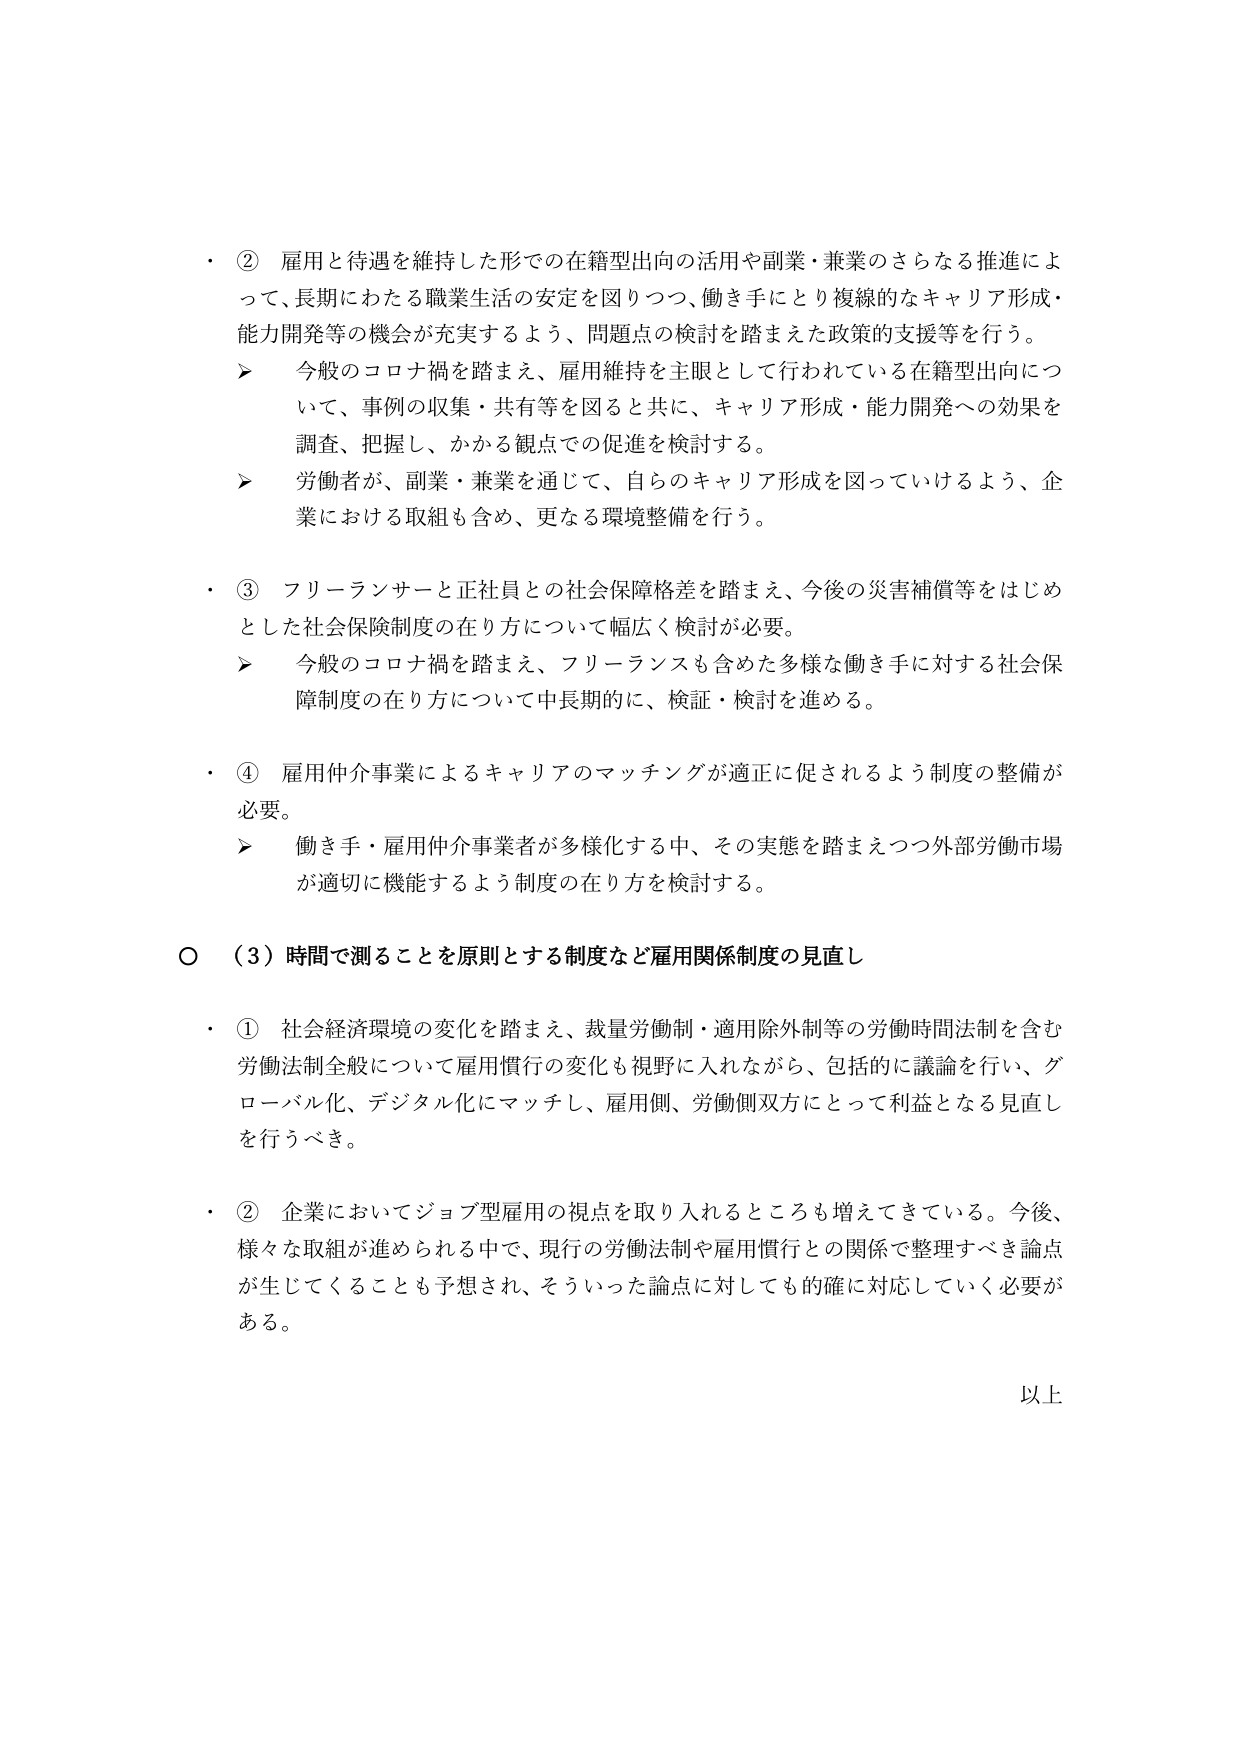
・ ② 雇用と待遇を維持した形での在籍型出向の活用や副業・兼業のさらなる推進によ
って、長期にわたる職業生活の安定を図りつつ、働き手にとり複線的なキャリア形成・
能力開発等の機会が充実するよう、問題点の検討を踏まえた政策的支援等を行う。
➤ 今般のコロナ禍を踏まえ、雇用維持を主眼として行われている在籍型出向につ
いて、事例の収集・共有等を図ると共に、キャリア形成・能力開発への効果を
調査、把握し、かかる観点での促進を検討する。
➤ 労働者が、副業・兼業を通じて、自らのキャリア形成を図っていけるよう、企
業における取組も含め、更なる環境整備を行う。

・ ③ フリーランサーと正社員との社会保障格差を踏まえ、今後の災害補償等をはじめ
とした社会保障制度の在り方について幅広く検討が必要。
➤ 今般のコロナ禍を踏まえ、フリーランスも含めた多様な働き手に対する社会保
障制度の在り方について中長期的に、検証・検討を進める。

・ ④ 雇用仲介事業によるキャリアのマッチングが適正に促されるよう制度の整備が
必要。
➤ 働き手・雇用仲介事業者が多様化する中、その実態を踏まえつつ外部労働市場
が適切に機能するよう制度の在り方を検討する。

○ （3）時間で測ることを原則とする制度など雇用関係制度の見直し

・ ① 社会経済環境の変化を踏まえ、裁量労働制・適用除外制等の労働時間法制を含む
労働法制全般について雇用慣行の変化も視野に入れながら、包括的に議論を行い、グ
ローバル化、デジタル化にマッチし、雇用側、労働側双方にとって利益となる見直し
を行うべき。

・ ② 企業においてジョブ型雇用の視点を取り入れるところも増えてきている。今後、
様々な取組が進められる中で、現行の労働法制や雇用慣行との関係で整理すべき論点
が生じてくることも予想され、そういった論点に対しても的確に対応していく必要が
ある。

以上